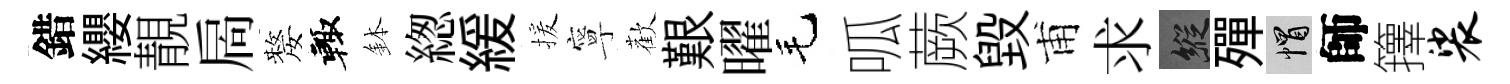
錯纓靚扄嫠輙鉢緫緩援寧歡艱曜毛呱蕨毁甫求縱殫帽師籜裟